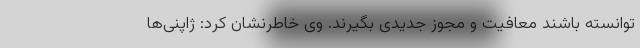
توانسته باشند معافیت و مجوز جدیدی بگیرند. وی خاطرنشان کرد: ژاپنی‌ها